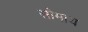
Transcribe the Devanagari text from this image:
सोमाय